King Institute of Preventive Medicine Micro-Biological Section reports 1909-11
Year: 1909
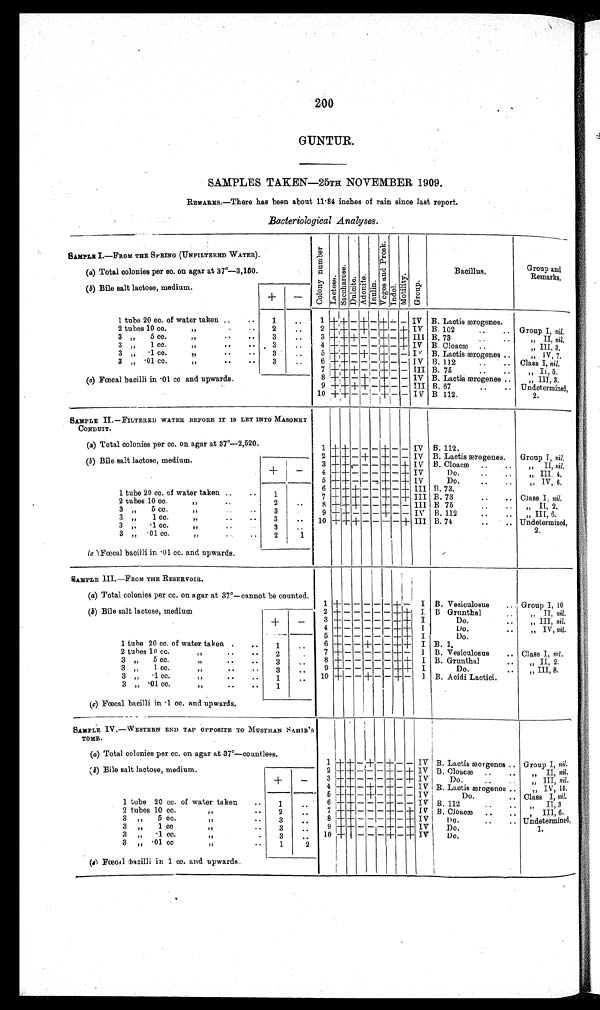
200
GUNTUR.
SAMPLES TAKEN—25TH NOVEMBER 1909.
REMARKS.—There has been about 11 . 84 inches of rain since last report.
Bacteriological Analyses.
SAMPLE I. — FROM THE SPRING (UNFILTERED WATER).
C o l o n y n u m b e r
L a c t o s e
S a c c h e r o s
D u l c i t
A d o n i t
I n u l i n
V o g e s a n d P r o s k
I n d o l .
M o t i l i t y
G r o u p
Bacillus.
Group and
Remarks.
(a) Total colonies per cc. on agar at 37°—3,150.
(b)
B i l e s a l t l a c t o s e , medium.
+
–
1 tube 20 cc. of water taken ..
..
1
..
1
+ + – + – + – – IV B. Lactis aæogenes.
Group I, n i l .
B. 102
..
..
2
+ + – + – + – + IV
2 tubes 10 cc.
,,
. • . 2
. . .
3 + + + – – + – + Ill BB. 73 .. ..
3 „
5 cc.
,,
.. ..
3
. .
, , I I
n i l .
4 + + – — – – – + – + IV B. Cloacæ .. ..
3 „ 1 cc.
,,
• •
..
3
..
„ III 3,
5 + + – + – + – – IV B. Lactis ærogenes ..
3 „
.1 co.
,,
..
3
. .
„ I V, 7 .
B. 112
..
..
3 „ .01 cc.
, , . . . .
3
. . 6 + +++ – – – + – – IV
Class I, nil.
7
+ + + – – + – – III B. 75 .. ..
, , I I
n i l .
(c) Fœcal bacil
l
i in
.0 1
c c
a n d u p w a r d s
8 + + – + – + – – IV B. Lactis ærogen „ III, 3.
9 + + + + – + – – III B. 67
..
.. Undetermined,
10 + ++ – – – +
–
– IV B 112.
2.
SAMPLE II. — FILTERED WATER BEFORE IT IS LET INTO MASONRY
CONDUIT.
(a) Total colonies per cc. on agar at 37°—2,520.
1 + + – – – + –
– IV
B. 112.
Group I, nil.
2
+ + – + – + – – IV B. Lactis æogenes.
(b) Bile salt lactose, medium.
+ –
3 + + – – – + – + IV B. Cloacæ
, , I I
n i l .
4 + + – – – + – + IV
D o . . . . . . .
, , I I I , 4 .
5
+ + – – – + – + IV
D o . . . . . . .
, , I V , 6 .
1 tube 20 cc. of water taken ..
..
1
B. 73. .. ..
6 + + + – – + – +
I I I
Class I. nil.
7
+ +
+ – – + – + III B. 73. .. ..
2 tubes 10 cc.
, , . . . .
2
. .
B. 75 .. ..
8 + + + – – + – – III
II 2
3 ,, 5 cc.
, , . . . . 3
9 + + – – – + – –
I V
B. 112 .. ..
III 6
3 , , 1 cc.
, , . . . . . . 3
. . .
1 0 + + + – – – – + III B. 74 .. .. ..
Undetermined,
3 „ .1 cc.
, , . . . .
3
. .
2.
3 „ .01 cc.
, , . . . .
2
. .
(c) Fœcal bacilli in .01 cc. and upwards.
SAMPLE III. —FROM THE RESERVOIR.
(a) Total colonies per cc. on agar at 37°—cannot be counted. 1 +
– – – – – + – I B. Vesiculosus .. Group I, 10
(b) Bile salt lactose, medium
+
–
2 + – – – – – + + I B. Grunthal
..
, , I I
n i l .
3 + – – – – – + + I
D o . . . „III, nil.
4 + – – – – – + + I
Do.
„ IV, nil.
Do.
1 tube 20 cc. of water taken
. .
. .
1
..
5 + – – – – – + + I
6 + – — – – + – – +
++ I B. 1.
B. Vesiculosus . . Class I, nil.
7 + – – – – – + + I
2 tubes 10 CC.
2
. . 8 + – – – – – + + I
„ II, 2.
B. Grunthal
..
3 „ 5 cc.
, , . . . .
3
. .
9 + – – – – – + + I
Do.
..
„ III, 8.
3 „ 1 cc.
• •
. . 3
. .
10 + – – + – – + – I B. Acidi Lactici.
3 „ .1 cc.
..
..
1
. .
3 „ .01 cc.
,,
.. .. 1
. .
(c) Fœc al bacilli in .1 cc. and upwards.
SAMPLE IV.—WESTERN END TAP OPPOSITE TO MUSTHAN SAHIB'S
TOMB.
(a) Total colonies per cc. on agar at 37°—countlees.
1 + + – + – + – – IV B. Lactis ærogenes
Group I ,
nil.
(b) Bile salt lactose, medium.
+
–
B . C l o a c æ . . . .
2 + + – – – + – + IV
, , I I I ,
n i l .
3 + + – – – + – + IV
Do.
„ III, nil.
4 + + – + – + – – IV B. Lactis ærogenes .. „ IV, 10.
5 + + – + – + – — IV
1 tube 20 cc. of water taken ..
1
. .
IDo.
.. Class I, nil.
6 + + – – – + – – IV B. 112.
, , I I , 3 .
7 + + – – – + – – IV
2 tubes 10 cc.
, ,
. . 2
. . . .
B. Cloacæ.
. . , III, 6.
8 + + – – – + – + IV
3 „ 5 cc.
,,
..
3
. . . .
Do.
..
.. Undetermined.
3 „ 1 cc
,,
• •
3
. . . .
9 + + – – – + – + IV Do.
1.
10 + + – – – + – + IV
3 „ .1 cc.
, , . . . .
3
. .
Do.
3 „ .01 cc
,,
.. ..
1
2
( c) F œcal bacilli in 1 cc. and upwards.